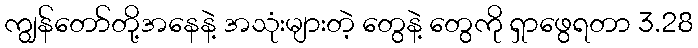
ကျွန်တော်တို့အနေနဲ့ အသုံးများတဲ့ တွေနဲ့ တွေကို ရှာဖွေရတာ 3.28